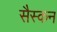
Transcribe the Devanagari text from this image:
सैस्कन